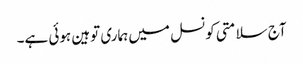
آج سلامتی کونسل میں ہماری توہین ہوئی ہے۔